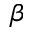
\beta